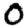
Digit: 0